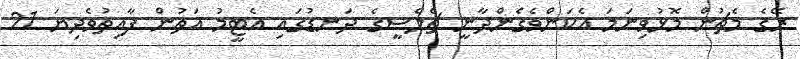
ރޭގެ މެޗުން މޮޅުވިނަމަ އެކަންވެގެންދާނީ ޗެލްސީގެ ދަނޑުގައި އެޓީމު އަތުން ފާއިތުވެދިޔަ 21